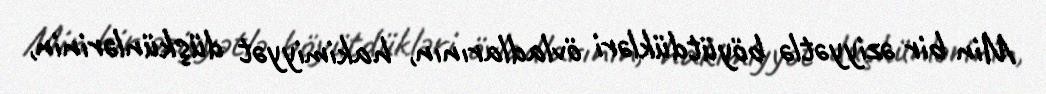
Min bir əziyyətlə böyütdükləri övladlarının, hakimiyyət düşkünlərinin,